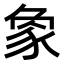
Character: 𧰼